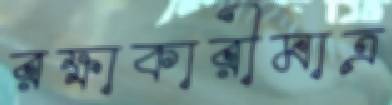
রক্ষাকারীমাত্র